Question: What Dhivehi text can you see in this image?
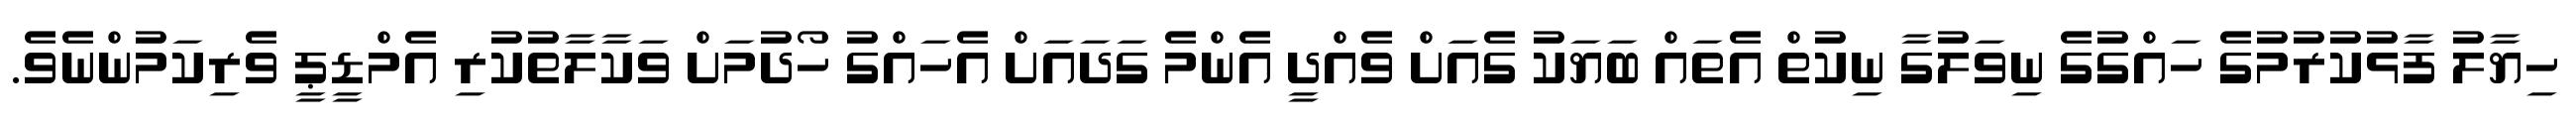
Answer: ހިޔާލު ފާޅުކުރުމުގެ ހައްގުގެ ނިވަލުގާ ނިކުތް އެތައް ބަޔަކު ގެއަށް ވެއްދީ އެންމެ ގަދައަށް އެހައްގު ހޯދުމަށް ވަކާލާތުކުރި އެމްޑީޕީ ވެރިކަމުންނެވެ.